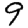
Digit: 9